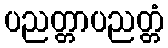
ပညတ္တာပညတ္တံ